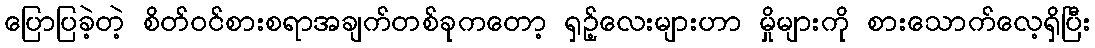
ပြောပြခဲ့တဲ့ စိတ်ဝင်စားစရာအချက်တစ်ခုကတော့ ရှဉ့်လေးများဟာ မှိုများကို စားသောက်လေ့ရှိပြီး